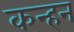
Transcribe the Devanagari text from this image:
कन्हन